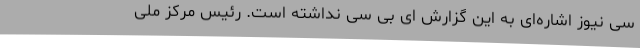
سی نیوز اشاره‌ای به این گزارش ای بی سی نداشته است. رئیس مرکز ملی